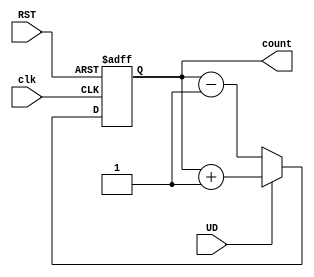
module up_down_async_counter (
    input wire clk,        // Asynchronous clock input
    input wire UD,        // Up/Down control signal
    input wire RST,       // Asynchronous reset signal
    output reg [N-1:0] count // N-bit counter output
);
    parameter N = 4;       // Number of bits in the counter, can be adjusted

    always @(posedge clk or posedge RST) begin
        if (RST) begin
            count <= 0;   // Reset the counter to 0
        end else begin
            if (UD) begin
                count <= count + 1; // Increment the counter
            end else begin
                count <= count - 1; // Decrement the counter
            end
        end
    end
endmodule